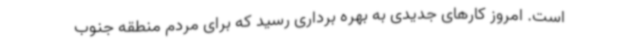
است. امروز کارهای جدیدی به بهره برداری رسید که برای مردم منطقه جنوب